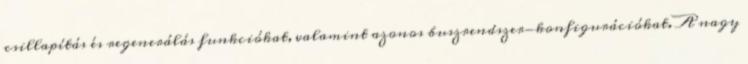
csillapítás és regenerálás funkciókat, valamint azonos buszrendszer-konfigurációkat. A nagy